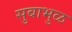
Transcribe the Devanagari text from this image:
सुबाभुळ